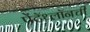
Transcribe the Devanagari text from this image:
पेंटॅथ्लॉनची